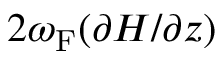
2 \omega _ { \mathrm { { F } } } ( \partial H / \partial z )